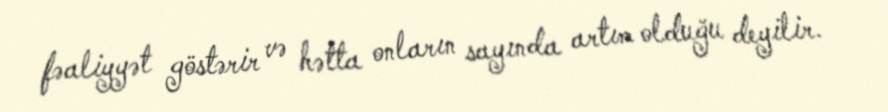
fəaliyyət göstərir və hətta onların sayında artım olduğu deyilir.